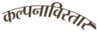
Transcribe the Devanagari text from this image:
कल्पनाविस्तार